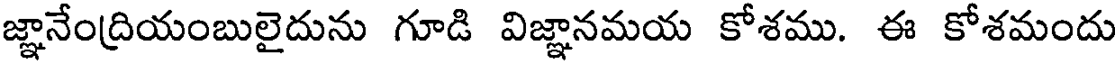
జ్ఞానేంద్రియంబులైదును గూడి విజ్ఞానమయ కోశము. ఈ కోశమందు